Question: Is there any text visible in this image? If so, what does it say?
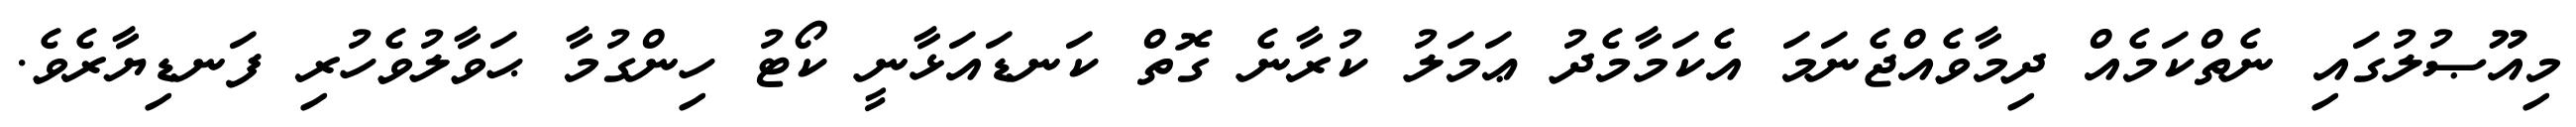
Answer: މިއޫޞުލުގައި ނެތްކަމެއް ދިމާވެއްޖެނަމަ އެކަމާމެދު ޢަމަލު ކުރާނެ ގޮތް ކަނޑައަޅާނީ ކޯޓު ހިންގުމާ ޙަވާލުވެހުރި ފަނޑިޔާރެވެ.